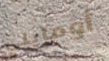
أومايلي